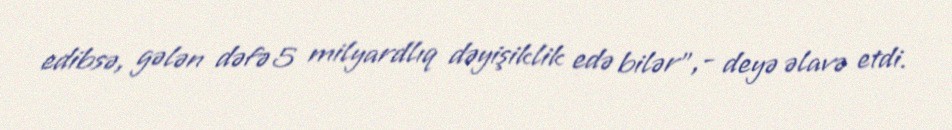
edibsə, gələn dəfə 5 milyardlıq dəyişiklik edə bilər”,- deyə əlavə etdi.